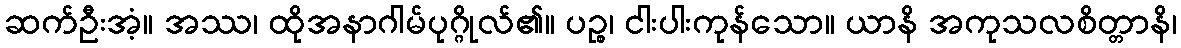
ဆက်ဦးအံ့။ အဿ၊ ထိုအနာဂါမ်ပုဂ္ဂိုလ်၏။ ပဉ္စ၊ ငါးပါးကုန်သော။ ယာနိ အကုသလစိတ္တာနိ၊